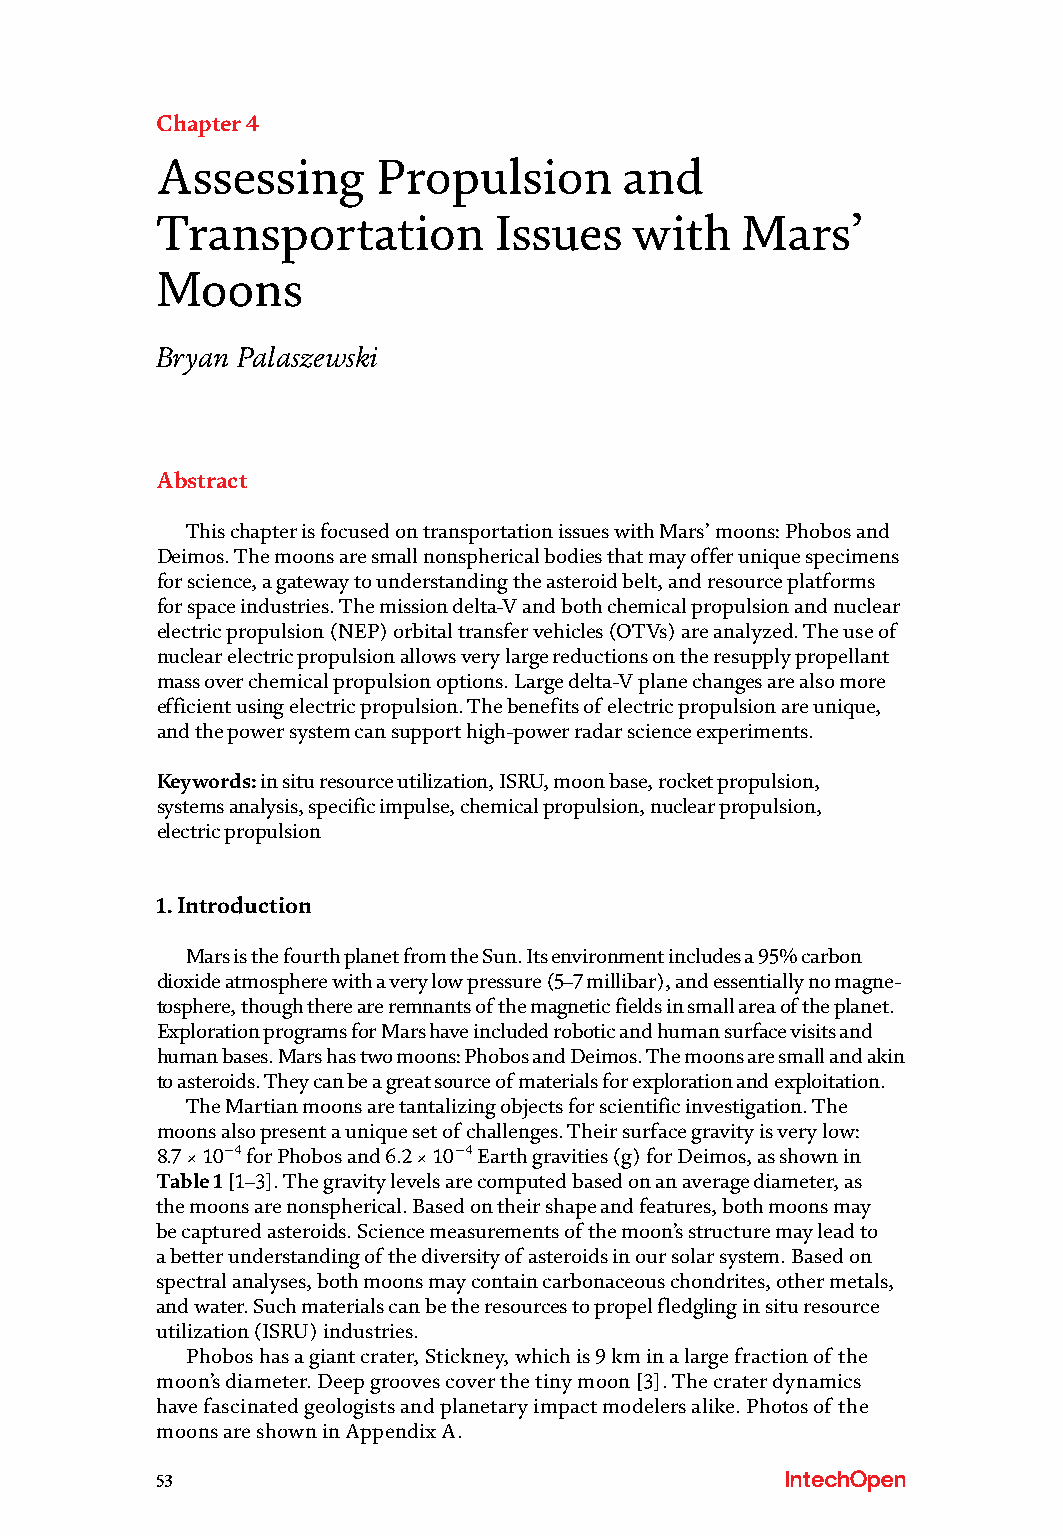
Chapter 4
 Assessing      Propulsion      and
 Transportation         Issues   with   Mars’
 Moons
 Bryan Palaszewski
 Abstract
 This chapter is focused on transportation issues with Mars’ moons: Phobos and
 Deimos. The moons are small nonspherical bodies that may offer unique specimens
 for science, a gateway to understanding the asteroid belt, and resource platforms
 for space industries. The mission delta-V and both chemical propulsion and nuclear
 electric propulsion (NEP) orbital transfer vehicles (OTVs) are analyzed. The use of
 nuclear electric propulsion allows very large reductions on the resupply propellant
 mass over chemical propulsion options. Large delta-V plane changes are also more
 efficient using electric propulsion. The benefits of electric propulsion are unique,
 and the power system can support high-power radar science experiments.
 Keywords: in situ resource utilization, ISRU, moon base, rocket propulsion,
 systems analysis, specific impulse, chemical propulsion, nuclear propulsion,
 electric propulsion
 1. Introduction
 Mars is the fourth planet from the Sun. Its environment includes a 95% carbon
 dioxide atmosphere with a very low pressure (5–7 millibar), and essentially no magne-
 tosphere, though there are remnants of the magnetic fields in small area of the planet.
 Exploration programs for Mars have included robotic and human surface visits and
 human bases. Mars has two moons: Phobos and Deimos. The moons are small and akin
 to asteroids. They can be a great source of materials for exploration and exploitation.
 The Martian moons are tantalizing objects for scientific investigation. The
 moons also present a unique set of challenges. Their surface gravity is very low:
 8.7 × 10−4 for Phobos and 6.2 × 10−4 Earth gravities (g) for Deimos, as shown in
 Table 1 [1–3]. The gravity levels are computed based on an average diameter, as
 the moons are nonspherical. Based on their shape and features, both moons may
 be captured asteroids. Science measurements of the moon’s structure may lead to
 a better understanding of the diversity of asteroids in our solar system. Based on
 spectral analyses, both moons may contain carbonaceous chondrites, other metals,
 and water. Such materials can be the resources to propel fledgling in situ resource
 utilization (ISRU) industries.
 Phobos has a giant crater, Stickney, which is 9 km in a large fraction of the
 moon’s diameter. Deep grooves cover the tiny moon [3]. The crater dynamics
 have fascinated geologists and planetary impact modelers alike. Photos of the
 moons are shown in Appendix A.
 53